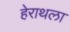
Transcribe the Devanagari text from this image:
हेराथला